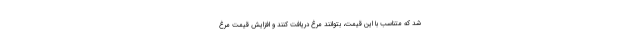
شد که متناسب با این قیمت، بتوانند مرغ دریافت کنند و افزایش قیمت مرغ